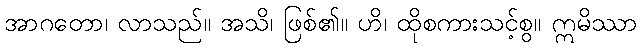
အာဂတော၊ လာသည်။ အသိ၊ ဖြစ်၏။ ဟိ၊ ထိုစကားသင့်စွ။ ဣမိဿာ